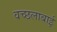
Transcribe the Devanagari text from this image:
वच्छलाबाई